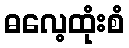
ဓလေ့ထုံးစံ